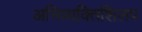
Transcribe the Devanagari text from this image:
अभिव्यक्तिशिलप